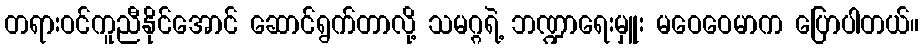
တရားဝင်ကူညီနိုင်အောင် ဆောင်ရွက်တာလို့ သမဂ္ဂရဲ့ ဘဏ္ဍာရေးမှူး မဝေဝေမာက ပြောပါတယ်။